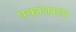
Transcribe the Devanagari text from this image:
एकांतमय